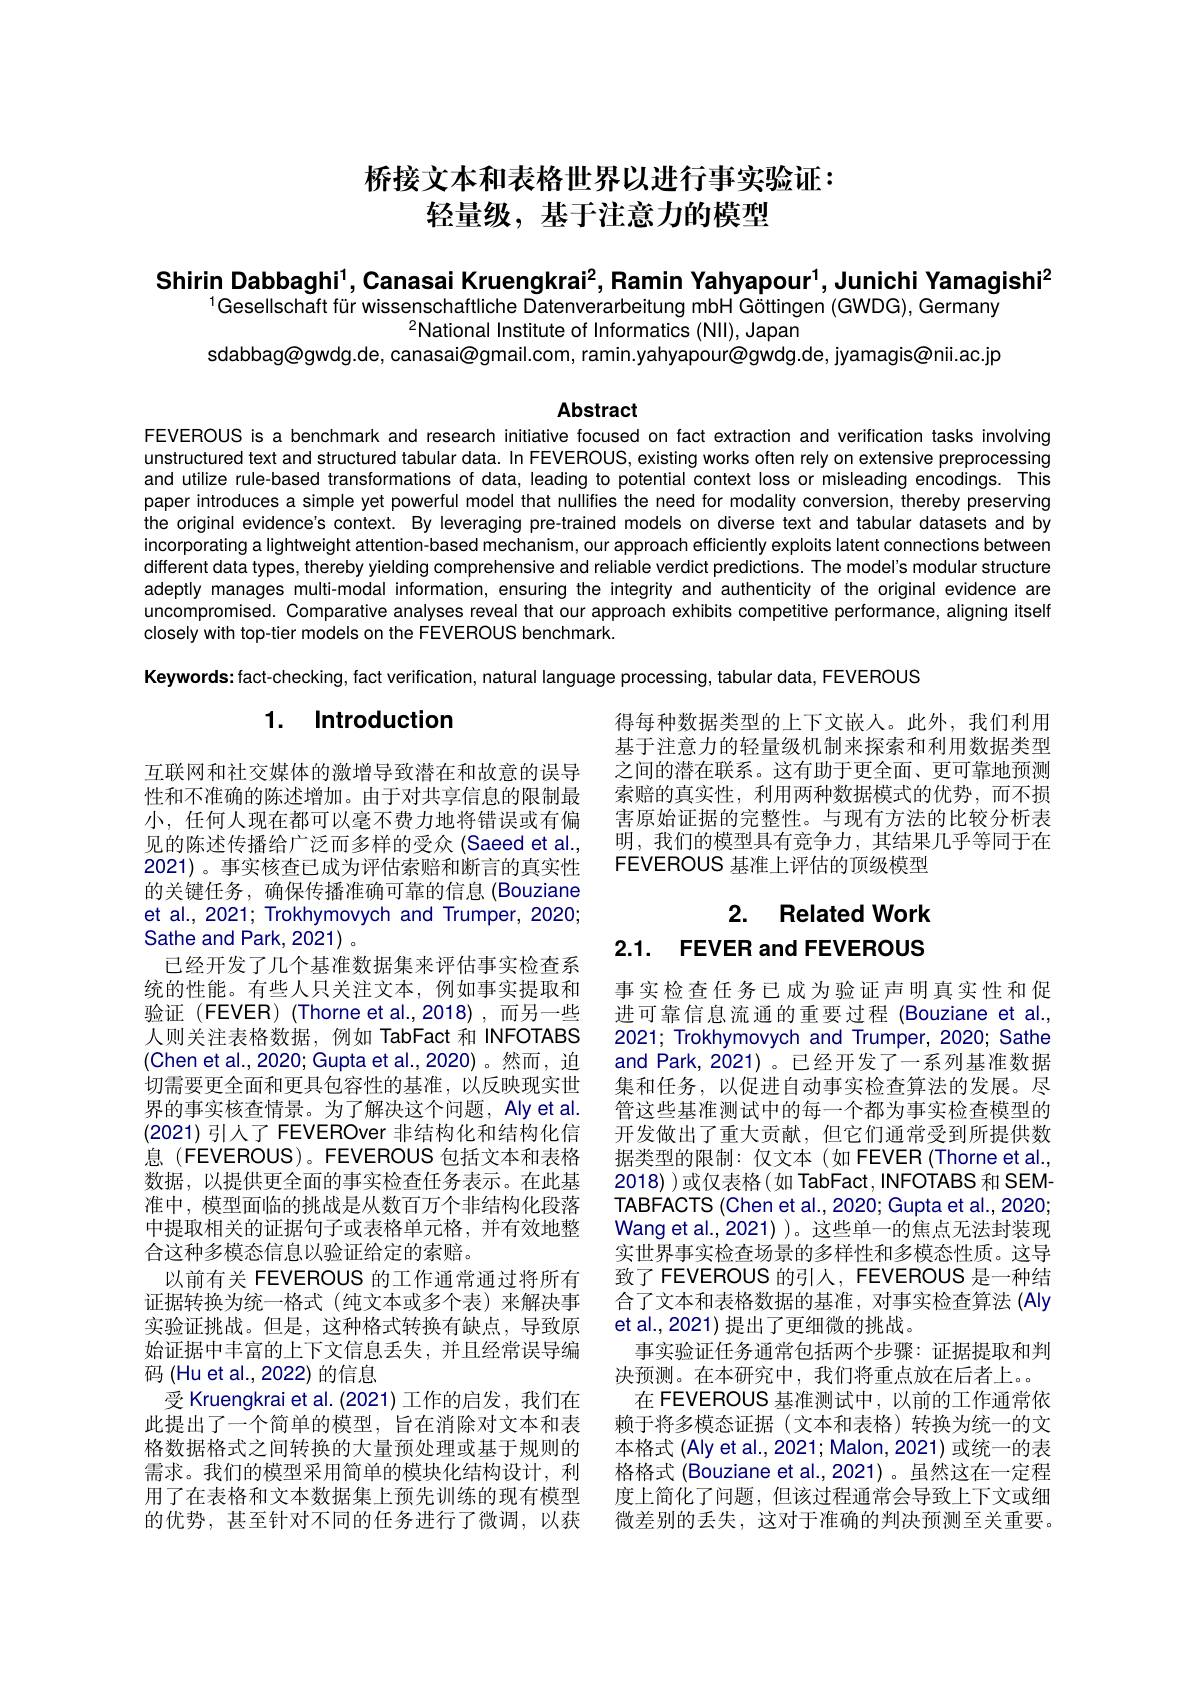
# 桥接文本和表格世界以进行事实验证： 轻量级，基于注意力的模型

Shirin Dabbaghi$^1$,Canasai Kruengkrai$^2$,Ramin Yahyapour$^1$,Junichi Yamagishi$^2$

$^{1}$Gesellschaft für wissenschaftliche Datenverarbeitung mbH Göttingen (GWDG), Germany
$^{2}$National Institute of Informatics (NII), Japan
sdabbag@gwdg.de, canasai@gmail.com, ramin.yahyapour@gwdg.de, jyamagis@nii.ac.jp

Abstract

FEVEROUS is a benchmark and research initiative focused on fact extraction and verification tasks involving unstructured text and structured tabular data. In FEVEROUS, existing works often rely on extensive preprocessing and utilize rule-based transformations of data, leading to potential context loss or misleading encodings. This paper introduces a simple yet powerful model that nullifies the need for modality conversion, thereby preserving the original evidence's context. By leveraging pre-trained models on diverse text and tabular datasets and by incorporating a lightweight attention-based mechanism, our approach efficiently exploits latent connections between different data types, thereby yielding comprehensive and reliable verdict predictions. The model's modular structure adeptly manages multi-modal information, ensuring the integrity and authenticity of the original evidence are uncompromised. Comparative analyses reveal that our approach exhibits competitive performance, aligning itself closely with top-tier models on the FEVEROUS benchmark.

Keywords: fact-checking, fact verification, natural language processing, tabular data, FEVEROUS

# 1. Introduction

得每种数据类型的上下文嵌人。此外，我们利用基于注意力的轻量级机制来探索和利用数据类型之间的潜在联系。这有助于更全面、更可靠地预测索赔的真实性，利用两种数据模式的优势，而不损害原始证据的完整性。与现有方法的比较分析表明，我们的模型具有竞争力，其结果几乎等同于在FEVEROUS 基准上评估的顶级模型

# 2. Related Work 2.1. FEVER and FEVEROUS

互联网和社交媒体的激增导致潜在和故意的误导性和不准确的陈述增加。由于对共享信息的限制最小，任何人现在都可以毫不费力地将错误或有偏见的陈述传播给广泛而多样的受众 (Saeed et al., 2021)。事实核查已成为评估索赔和断言的真实性的关键任务，确保传播准确可靠的信息(Bouziane et al., 2021; Trokhymovych and Trumper, 2020; Sathe and Park, 2021) 。
已经开发了几个基准数据集来评估事实检查系统的性能。有些人只关注文本，例如事实提取和验证(FEVER)(Thorne et al.,2018),而另一些人则关注表格数据，例如 TabFact 和 INFOTABS (Chen et al., 2020; Gupta et al., 2020)。然而，迫切需要更全面和更具包容性的基准，以反映现实世界的事实核查情景。为了解决这个问题，Aly et al. (2021)引人了 FEVEROver 非结构化和结构化信息(FEVEROUS)。FEVEROUS 包括文本和表格数据，以提供更全面的事实检查任务表示。在此基准中，模型面临的挑战是从数百万个非结构化段落中提取相关的证据句子或表格单元格，并有效地整合这种多模态信息以验证给定的索赔。
以前有关 FEVEROUS 的工作通常通过将所有证据转换为统一格式(纯文本或多个表)来解决事实验证挑战。但是，这种格式转换有缺点，导致原始证据中丰富的上下文信息丢失，并且经常误导编码 (Hu et al.,2022) 的信息
受 Kruengkrai et al. (2021) 工作的启发，我们在此提出了一个简单的模型，旨在消除对文本和表格数据格式之间转换的大量预处理或基于规则的需求。我们的模型采用简单的模块化结构设计，利用了在表格和文本数据集上预先训练的现有模型的优势，甚至针对不同的任务进行了微调，以获

事实检查任务已成为验证声明真实性和促进可靠信息流通的重要过程 (Bouziane et al., 2021; Trokhymovych and Trumper, 2020; Sathe and Park,2021)。已经开发了一系列基准数据集和任务，以促进自动事实检查算法的发展。尽管这些基准测试中的每一个都为事实检查模型的开发做出了重大贡献，但它们通常受到所提供数据类型的限制：仅文本(如 FEVER(Thorne et al., 2018) )或仅表格(如 TabFact, INFOTABS 和 SEMTABFACTS (Chen et al., 2020; Gupta et al., 2020; Wang et al.,2021) )。这些单一的焦点无法封装现实世界事实检查场景的多样性和多模态性质。这导致了 FEVEROUS 的引人，FEVEROUS 是一种结合了文本和表格数据的基准，对事实检查算法 (Aly et al., 2021) 提出了更细微的挑战。
事实验证任务通常包括两个步骤：证据提取和判决预测。在本研究中，我们将重点放在后者上。
在 FEVEROUS 基准测试中，以前的工作通常依赖于将多模态证据(文本和表格)转换为统一的文本格式 (Aly et al., 2021; Malon, 2021) 或统一的表格格式 (Bouziane et al.,2021)。虽然这在一定程度上简化了问题，但该过程通常会导致上下文或细微差别的丢失，这对于准确的判决预测至关重要。